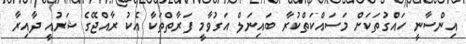
އިންސާނީ ހައްގުތަކަށް މަސައްކަތްކުރާ ބައިނަލް އަގުވާމީ ފަރާތްތަކާ އެކު ރާއްޖޭގެ ޝަރުއީ ދާއިރާ